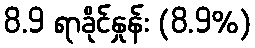
8.9 ရာခိုင်နှုန်း (8.9%)